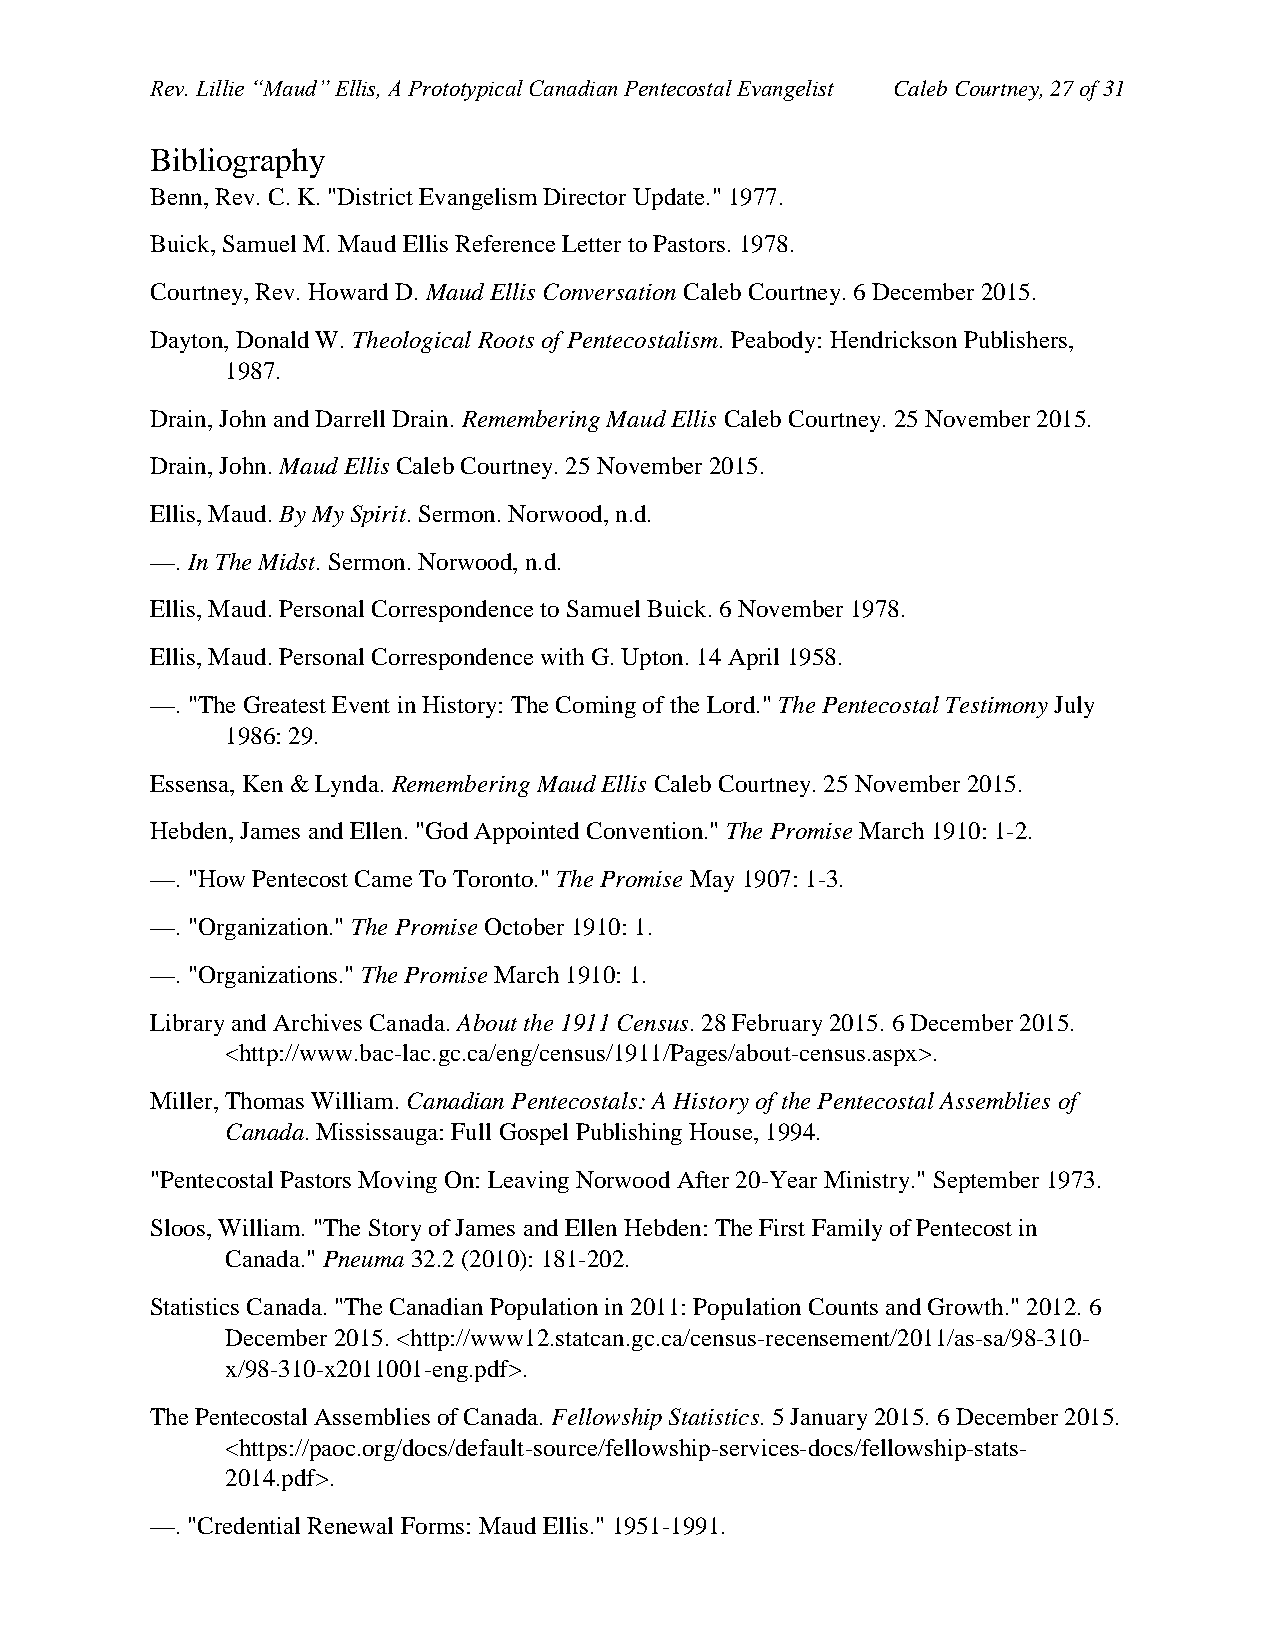
Rev. Lillie “Maud” Ellis, A Prototypical Canadian Pentecostal Evangelist Caleb Courtney, 27 of 31
 Bibliography
 Benn, Rev. C. K. "District Evangelism Director Update." 1977.
 Buick, Samuel M. Maud Ellis Reference Letter to Pastors. 1978.
 Courtney, Rev. Howard D. Maud Ellis Conversation Caleb Courtney. 6 December 2015.
 Dayton, Donald W. Theological Roots of Pentecostalism. Peabody: Hendrickson Publishers,
 1987.
 Drain, John and Darrell Drain. Remembering Maud Ellis Caleb Courtney. 25 November 2015.
 Drain, John. Maud Ellis Caleb Courtney. 25 November 2015.
 Ellis, Maud. By My Spirit. Sermon. Norwood, n.d.
 —. In The Midst. Sermon. Norwood, n.d.
 Ellis, Maud. Personal Correspondence to Samuel Buick. 6 November 1978.
 Ellis, Maud. Personal Correspondence with G. Upton. 14 April 1958.
 —. "The Greatest Event in History: The Coming of the Lord." The Pentecostal Testimony July
 1986: 29.
 Essensa, Ken & Lynda. Remembering Maud Ellis Caleb Courtney. 25 November 2015.
 Hebden, James and Ellen. "God Appointed Convention." The Promise March 1910: 1-2.
 —. "How Pentecost Came To Toronto." The Promise May 1907: 1-3.
 —. "Organization." The Promise October 1910: 1.
 —. "Organizations." The Promise March 1910: 1.
 Library and Archives Canada. About the 1911 Census. 28 February 2015. 6 December 2015.
 <http://www.bac-lac.gc.ca/eng/census/1911/Pages/about-census.aspx>.
 Miller, Thomas William. Canadian Pentecostals: A History of the Pentecostal Assemblies of
 Canada. Mississauga: Full Gospel Publishing House, 1994.
 "Pentecostal Pastors Moving On: Leaving Norwood After 20-Year Ministry." September 1973.
 Sloos, William. "The Story of James and Ellen Hebden: The First Family of Pentecost in
 Canada." Pneuma 32.2 (2010): 181-202.
 Statistics Canada. "The Canadian Population in 2011: Population Counts and Growth." 2012. 6
 December 2015. <http://www12.statcan.gc.ca/census-recensement/2011/as-sa/98-310-
 x/98-310-x2011001-eng.pdf>.
 The Pentecostal Assemblies of Canada. Fellowship Statistics. 5 January 2015. 6 December 2015.
 <https://paoc.org/docs/default-source/fellowship-services-docs/fellowship-stats-
 2014.pdf>.
 —. "Credential Renewal Forms: Maud Ellis." 1951-1991.